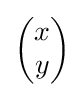
{\begin{pmatrix}x\\y\end{pmatrix}}